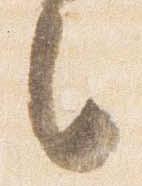
之